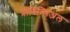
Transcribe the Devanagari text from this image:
प्रोविन्सिअल